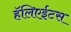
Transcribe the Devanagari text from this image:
हॅलिएईटस